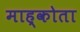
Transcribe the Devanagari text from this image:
माह्कोता